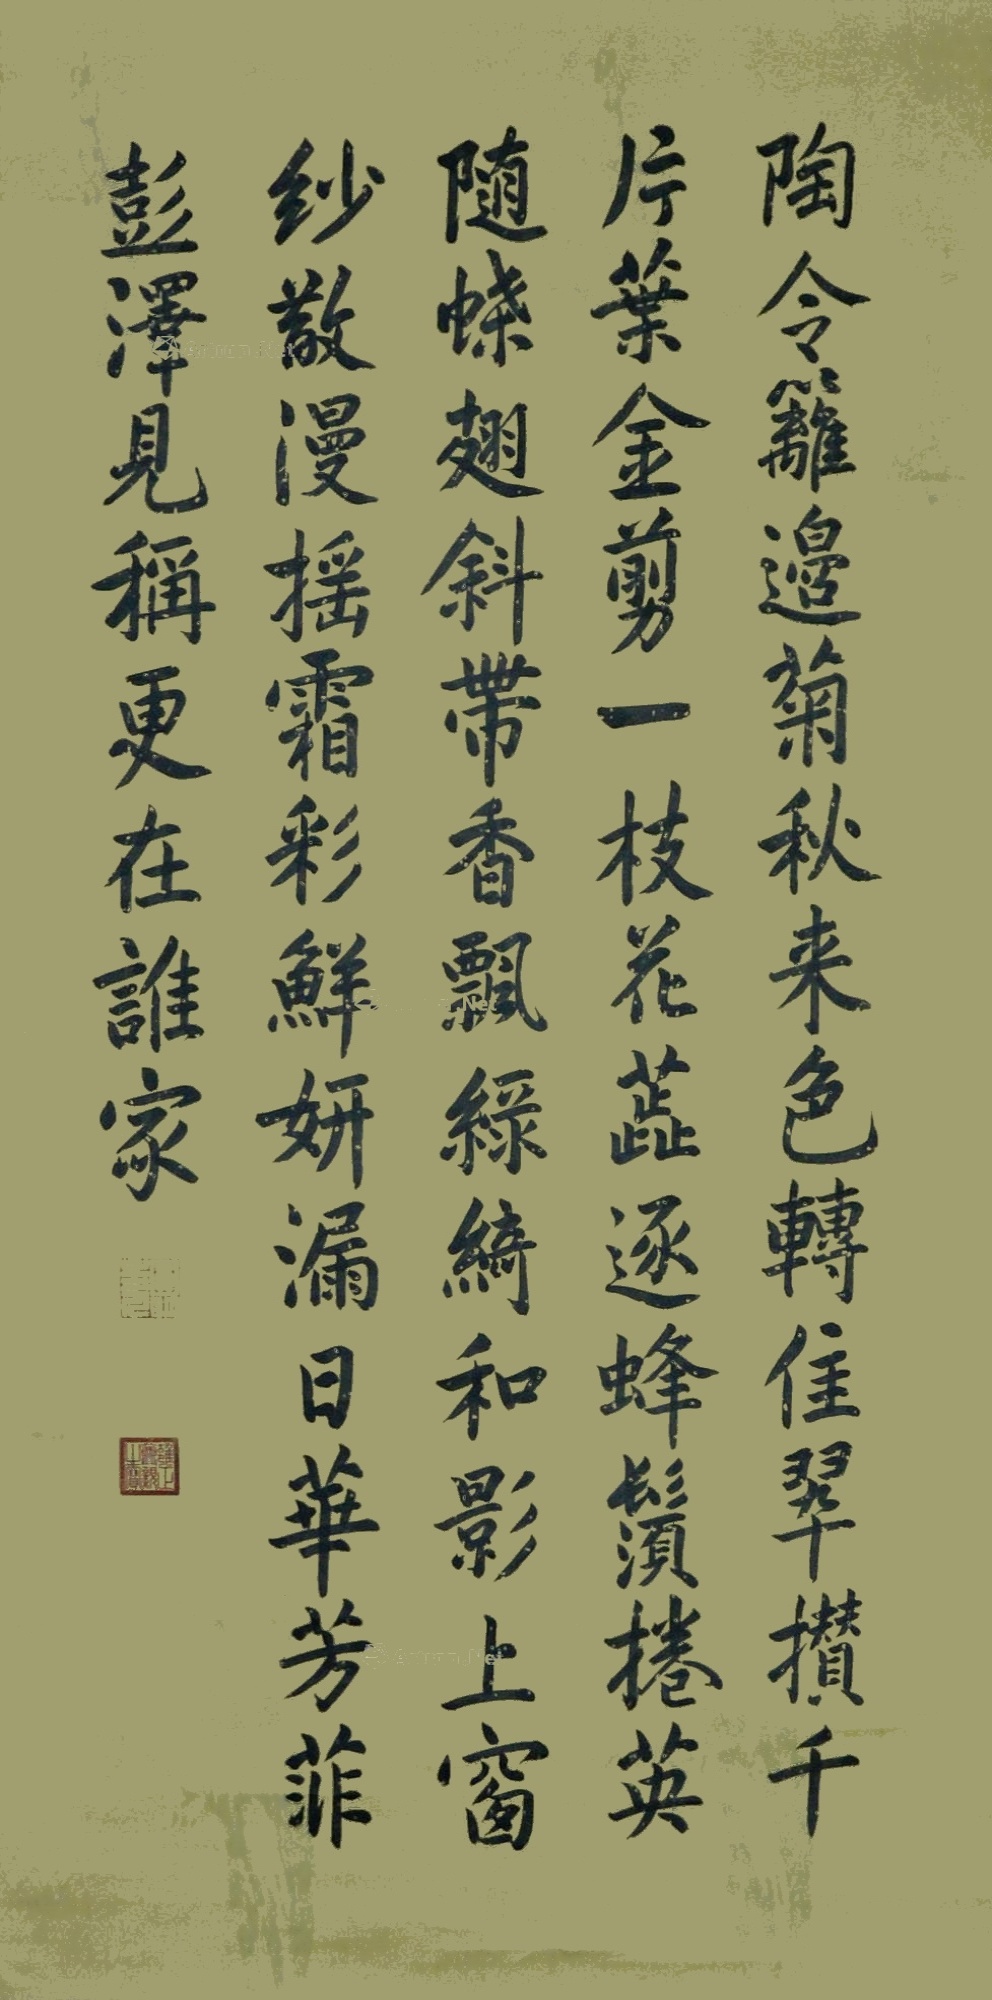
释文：陶令篱边菊，秋来色转佳；翠攒千片叶，金剪一枝花，蕊逐蜂须卷，英随蝶翅斜，带香飘绿绮，和影上窗纱，散漫摇霜彩，鲜妍漏日华，芳菲彭泽见，称更在谁家。（圆明主人）（雍正尊亲之宝）